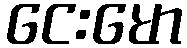
ငေးမော